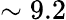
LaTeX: \sim 9.2